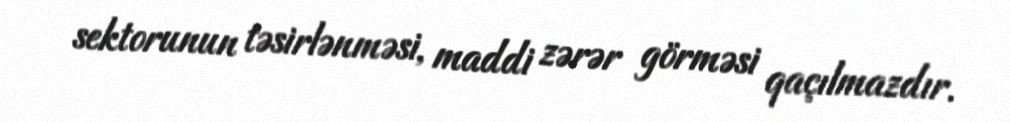
sektorunun təsirlənməsi, maddi zərər görməsi qaçılmazdır.